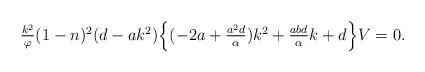
LaTeX: \begin{align*} \begin{array}{rcl} &&\frac{k^{2}}{\varphi}(1-n)^{2}(d-ak^{2})\Big\{(-2a+\frac{a^{2}d}{\alpha} )k^{2}+\frac{abd}{\alpha} k+d\Big\}V=0. \end{array} \end{align*}